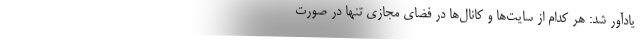
یادآور شد: هر کدام از سایت‌ها و کانال‌ها در فضای مجازی تنها در صورت